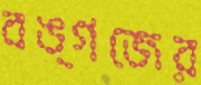
বঙ্গজের